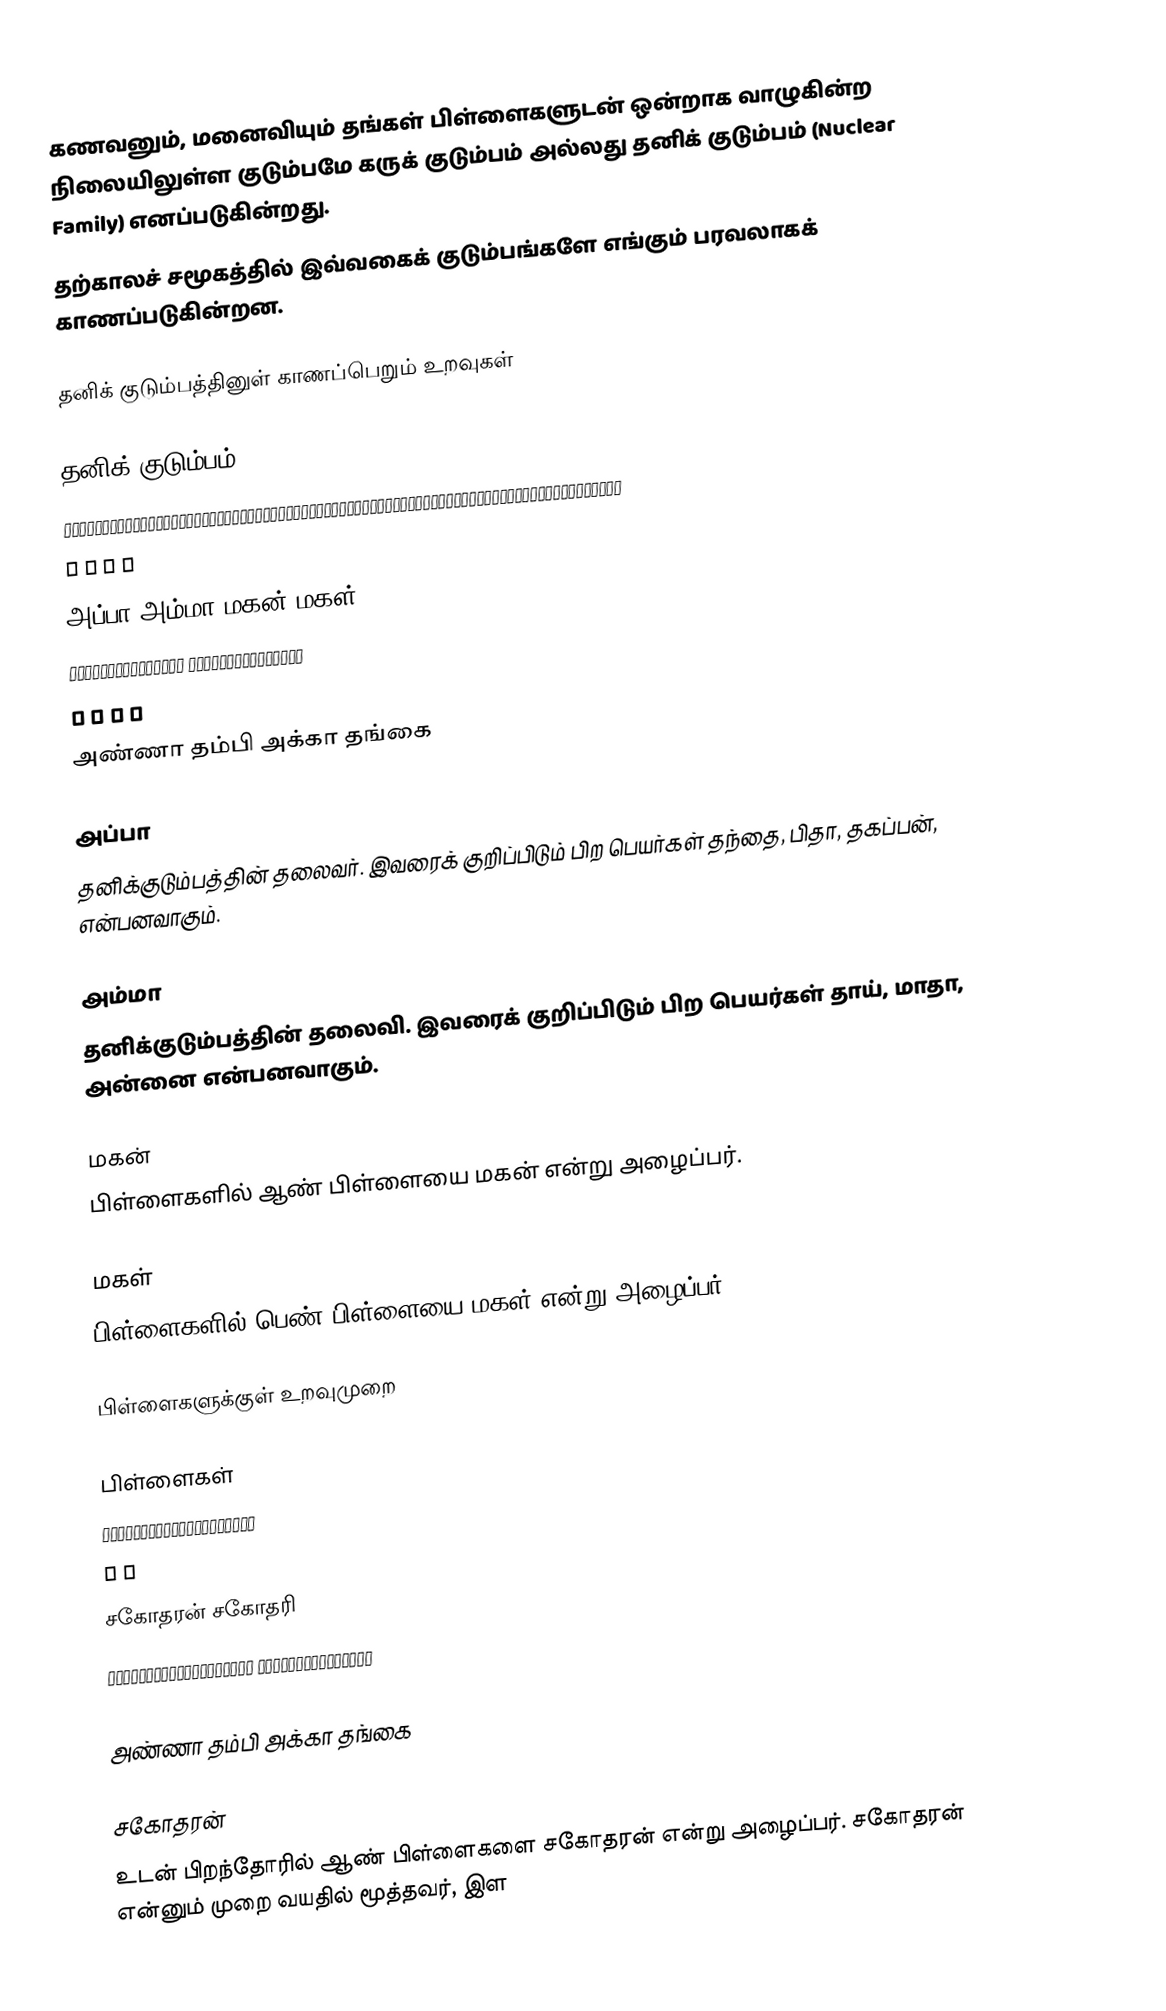
கணவனும், மனைவியும் தங்கள் பிள்ளைகளுடன் ஒன்றாக வாழுகின்ற நிலையிலுள்ள குடும்பமே கருக் குடும்பம் அல்லது தனிக் குடும்பம் (Nuclear Family) எனப்படுகின்றது.
தற்காலச் சமூகத்தில் இவ்வகைக் குடும்பங்களே எங்கும் பரவலாகக் காணப்படுகின்றன.

தனிக் குடும்பத்தினுள் காணப்பெறும் உறவுகள்

                                                            தனிக் குடும்பம்
                                         ┌───────────────────────┼─────────────────────┬─────────────────────────┬
                                         ➊                      ➋                     ➌                         ➍
                                       அப்பா                 அம்மா                 மகன்                      மகள்
                                                                               ┌──────┴──────┐             ┌──────┴──────┐
                                                                               ➊             ➋             ➊            ➋
                                                                             அண்ணா        தம்பி        அக்கா         தங்கை

அப்பா
தனிக்குடும்பத்தின் தலைவர். இவரைக் குறிப்பிடும் பிற பெயர்கள் தந்தை, பிதா, தகப்பன், என்பனவாகும்.

அம்மா
தனிக்குடும்பத்தின் தலைவி. இவரைக் குறிப்பிடும் பிற பெயர்கள் தாய், மாதா, அன்னை என்பனவாகும்.

மகன்
பிள்ளைகளில் ஆண் பிள்ளையை மகன் என்று அழைப்பர்.

மகள்
பிள்ளைகளில் பெண் பிள்ளையை மகள் என்று அழைப்பர்.

பிள்ளைகளுக்குள் உறவுமுறை

                                                    பிள்ளைகள்
                                               ┌─────────┴────────┐
                                               ➊                 ➋
                                            சகோதரன்           சகோதரி
                                      ┌──────────┴──────┐      ┌──────┴──────┐
                                      ➊                 ➋      ➊             ➋
                                 அண்ணா            தம்பி    அக்கா           தங்கை

சகோதரன்
உடன் பிறந்தோரில் ஆண் பிள்ளைகளை சகோதரன் என்று அழைப்பர். சகோதரன் என்னும் முறை வயதில் மூத்தவர், இள